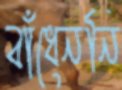
বাঁধেননি